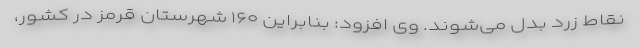
نقاط زرد بدل می‌شوند. وی افزود: بنابراین ۱۶۰ شهرستان قرمز در کشور،